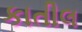
કાતીલ